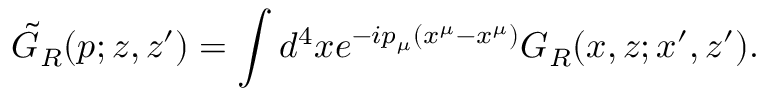
\tilde { G } _ { R } ( p ; z , z ^ { \prime } ) = \int d ^ { 4 } x e ^ { - i p _ { \mu } ( x ^ { \mu } - x ^ { \mu } ) } G _ { R } ( x , z ; x ^ { \prime } , z ^ { \prime } ) .